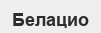
Белацио